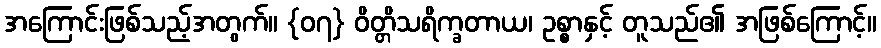
အကြောင်းဖြစ်သည့်အတွက်။ {၀၇} ဝိတ္တိသရိက္ခတာယ၊ ဥစ္စာနှင့် တူသည်၏ အဖြစ်ကြောင့်။